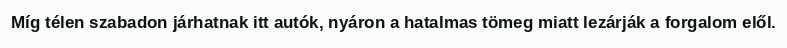
Míg télen szabadon járhatnak itt autók, nyáron a hatalmas tömeg miatt lezárják a forgalom elől.